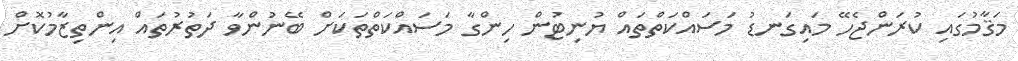
މަޤާމުގައި ކުރަންޖެހޭ މައިގަނޑު މަސައްކަތްތައް ޔުނިޓުން ހިންގާ މަސައްކަތްތަކަށް ބޭނުންވާ ދަތުރުތައް އިންތިޒާމުކޮށް